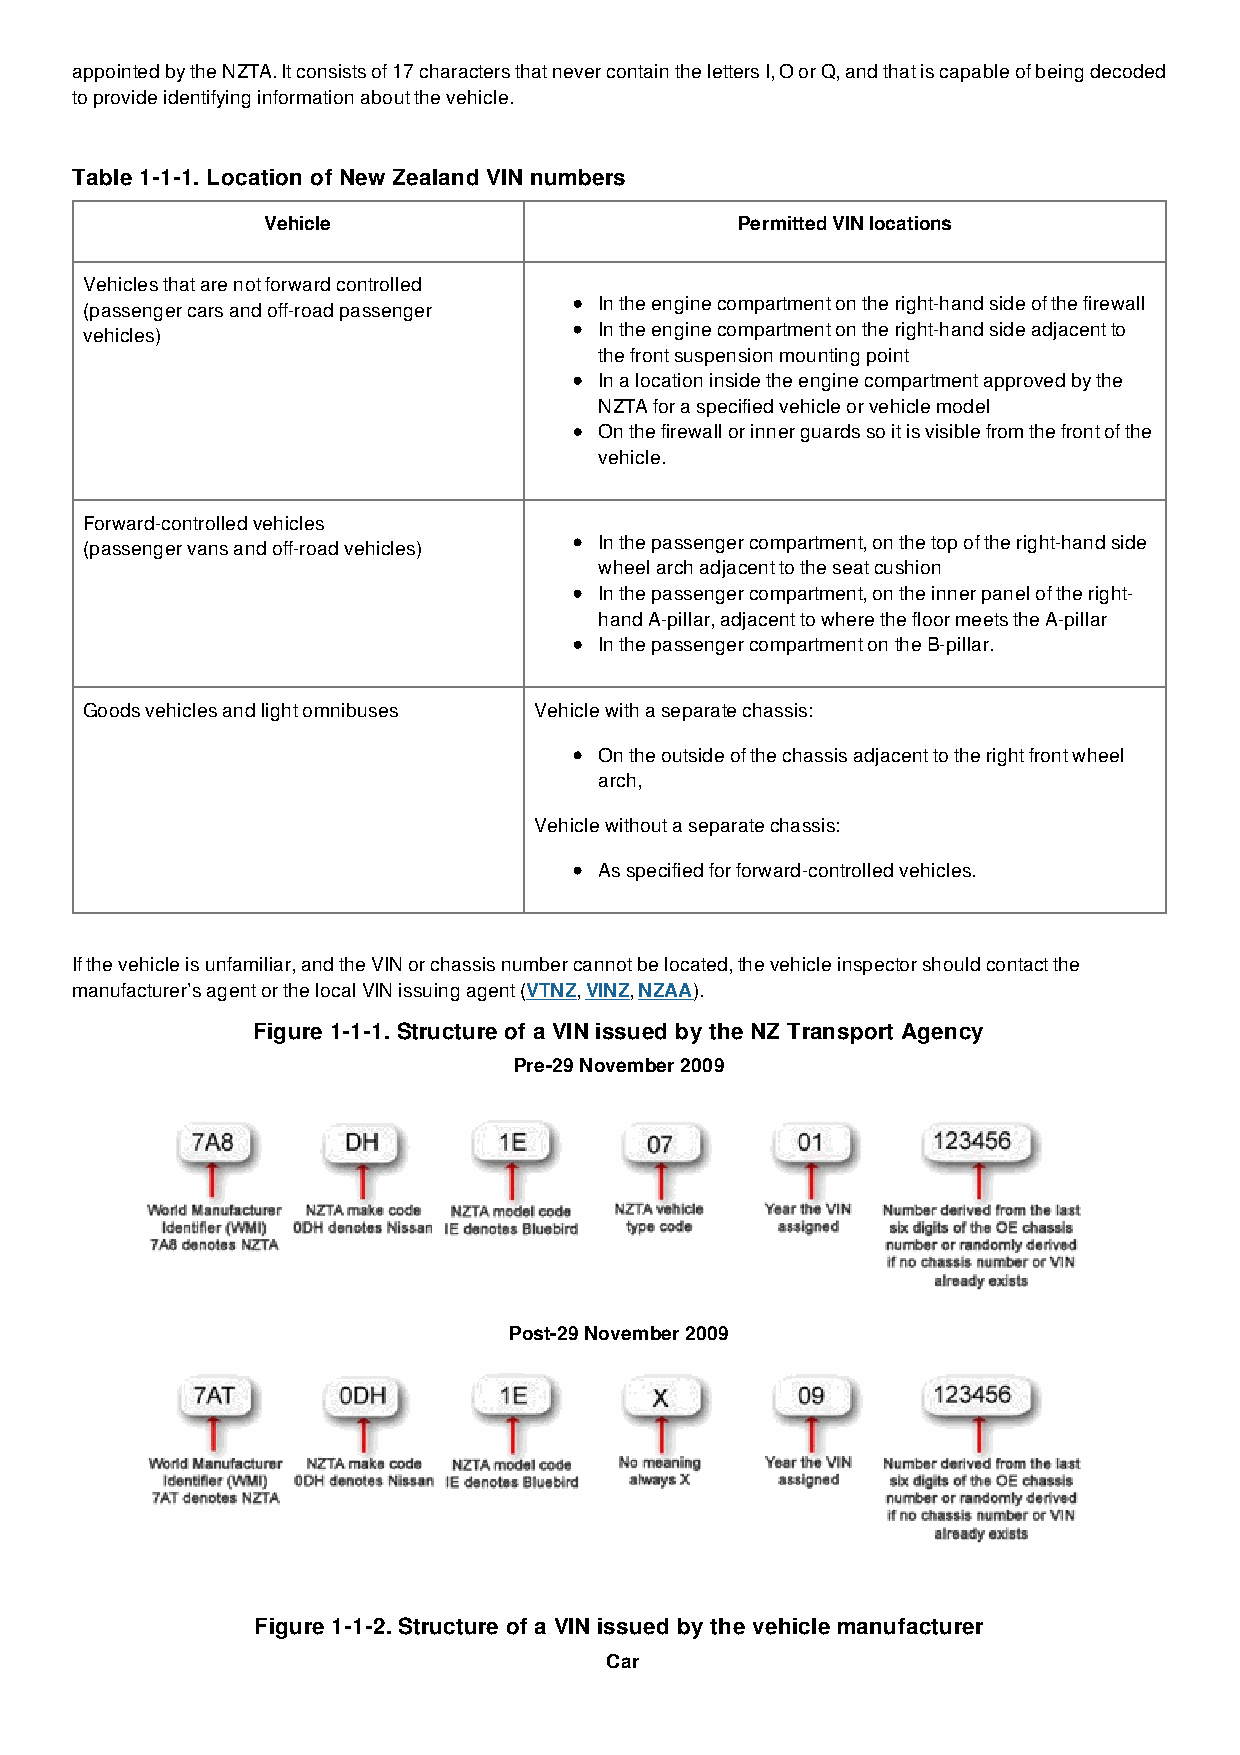
appointed by the NZTA. It consists of 17 characters that never contain the letters I, O or Q, and that is capable of being decoded
 to provide identifying information about the vehicle.
 Table 1-1-1. Location of New Zealand VIN numbers
 Vehicle                         Permitted VIN locations
 Vehicles that are not forward controlled
 In the engine compartment on the right-hand side of the firewall
 (passenger cars and off-road passenger
 In the engine compartment on the right-hand side adjacent to
 vehicles)
 the front suspension mounting point
 In a location inside the engine compartment approved by the
 NZTA for a specified vehicle or vehicle model
 On the firewall or inner guards so it is visible from the front of the
 vehicle.
 Forward-controlled vehicles
 In the passenger compartment, on the top of the right-hand side
 (passenger vans and off-road vehicles)
 wheel arch adjacent to the seat cushion
 In the passenger compartment, on the inner panel of the right-
 hand A-pillar, adjacent to where the floor meets the A-pillar
 In the passenger compartment on the B-pillar.
 Goods vehicles and light omnibuses Vehicle with a separate chassis:
 On the outside of the chassis adjacent to the right front wheel
 arch,
 Vehicle without a separate chassis:
 As specified for forward-controlled vehicles.
 If the vehicle is unfamiliar, and the VIN or chassis number cannot be located, the vehicle inspector should contact the
 manufacturer’s agent or the local VIN issuing agent (VTNZ, VINZ, NZAA).
 Figure 1-1-1. Structure of a VIN issued by the NZ Transport Agency
 Pre-29 November 2009
 Post-29 November 2009
 Figure 1-1-2. Structure of a VIN issued by the vehicle manufacturer
 Car